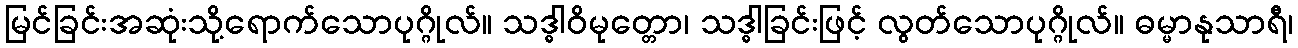
မြင်ခြင်းအဆုံးသို့ရောက်သောပုဂ္ဂိုလ်။ သဒ္ဓါဝိမုတ္တော၊ သဒ္ဓါခြင်းဖြင့် လွတ်သောပုဂ္ဂိုလ်။ ဓမ္မာနုသာရီ၊